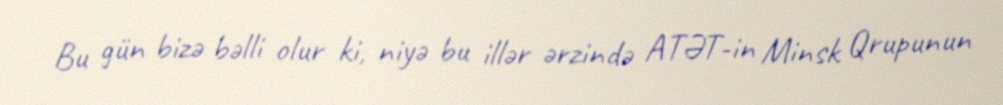
Bu gün bizə bəlli olur ki, niyə bu illər ərzində ATƏT-in Minsk Qrupunun